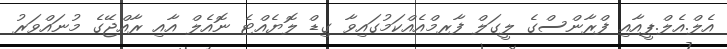
އެލް.އެލް.ޕީއާއި ފްރާންސްގެ ލީގަލް ފާރމްއެއްކަމުގައިވާ ގިޑް ލޮޔެއްޓެ ނޮއެލް އާއި ރާއްޖޭގެ މުނައްވަރު